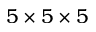
5 \times 5 \times 5